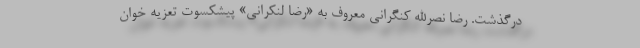
درگذشت. رضا نصرالله کنگرانی معروف به «رضا لنکرانی» پیشکسوت تعزیه خوان